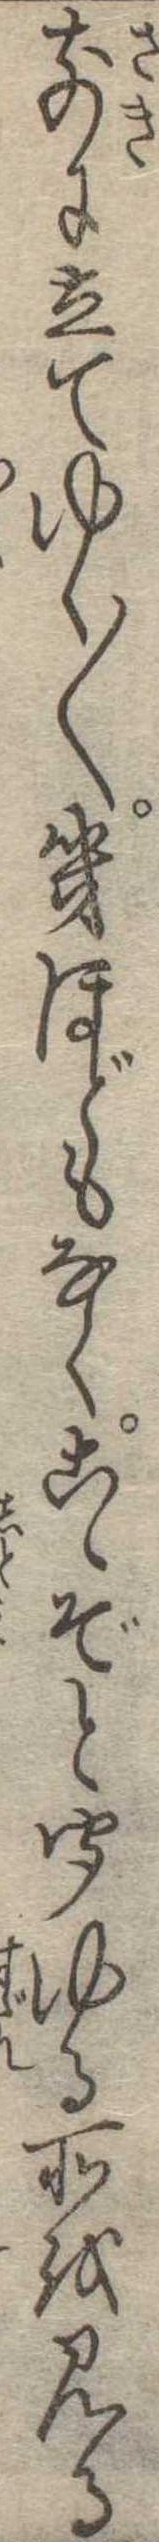
前に立てゆく〱幾ほどもなくこゝぞと聞ゆる所を見る